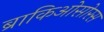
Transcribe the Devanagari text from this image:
ब्राकिओसोरस